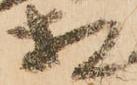
相